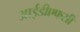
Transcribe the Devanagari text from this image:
आईडीएफसी